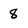
Character: 8